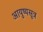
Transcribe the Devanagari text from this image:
आयुष्यसूत्र